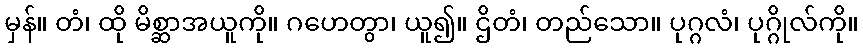
မှန်။ တံ၊ ထို မိစ္ဆာအယူကို။ ဂဟေတွာ၊ ယူ၍။ ဌိတံ၊ တည်သော။ ပုဂ္ဂလံ၊ ပုဂ္ဂိုလ်ကို။